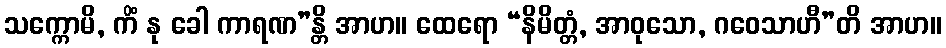
သက္ကောမိ, ကိံ နု ခေါ ကာရဏ”န္တိ အာဟ။ ထေရော “နိမိတ္တံ, အာဝုသော, ဂဝေသာဟီ”တိ အာဟ။